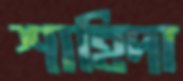
শাহিদা